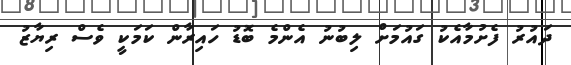
ދައުރު ފެށުމާއެކު ގައުމަށް ލިބުނު އެންމެ ބޮޑު ހައިރާން ކަމަކީ ވެސް ރިޔާޒު